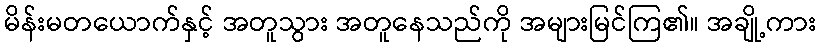
မိန်းမတယောက်နှင့် အတူသွား အတူနေသည်ကို အများမြင်ကြ၏။ အချို့ကား